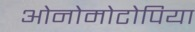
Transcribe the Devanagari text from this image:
ओनोमोटोपिया